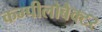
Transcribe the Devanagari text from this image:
कम्पीलोबैक्टर